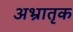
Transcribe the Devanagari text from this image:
अभ्रातृक